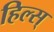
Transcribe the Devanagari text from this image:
हिल्स्